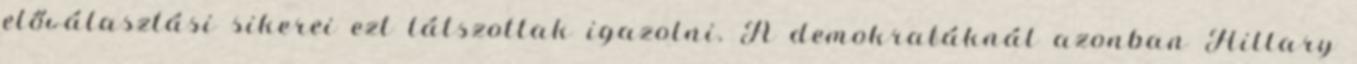
előválasztási sikerei ezt látszottak igazolni. A demokratáknál azonban Hillary